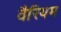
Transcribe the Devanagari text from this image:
वैरियम